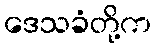
ဒေသခံတို့က